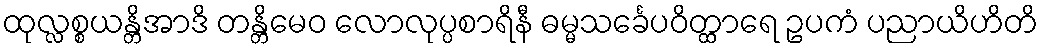
ထုလ္လစ္စယန္တိအာဒိ တန္တိမေဝ လောလုပ္ပစာရိနီ ဓမ္မသင်္ခေပဝိတ္ထာရေ ဥပကံ ပညာယိဟိတိ